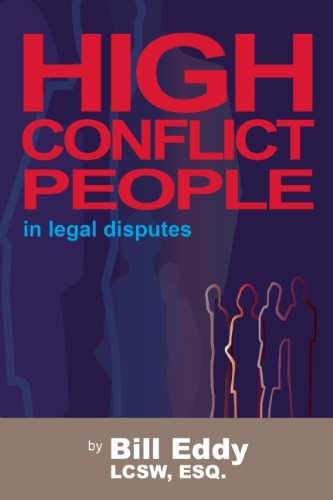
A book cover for High Conflict People in Legal Disputes; Bill Eddy; Law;